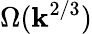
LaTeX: \Omega(\mathbf{k}^{2/3})